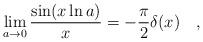
LaTeX: \begin{align*}\lim_{a\rightarrow 0}{\sin(x\ln a) \over x}= -{\pi \over 2} \delta(x)~~~,\end{align*}